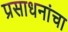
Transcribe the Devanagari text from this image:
प्रसाधनांचा